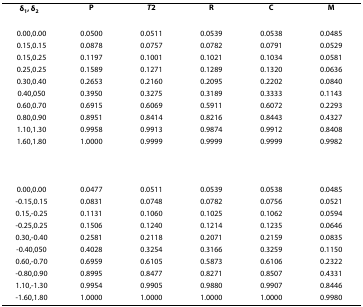
<table><thead><tr><td><b>δ<sub>1</sub>, δ<sub>2</sub></b></td><td><b>P</b></td><td><b><i>T</i><sup>2</sup></b></td><td><b>R</b></td><td><b>C</b></td><td><b>M</b></td></tr></thead><tbody><tr><td>0.00,0.00</td><td>0.0500</td><td>0.0511</td><td>0.0539</td><td>0.0538</td><td>0.0485</td></tr><tr><td>0.15,0.15</td><td>0.0878</td><td>0.0757</td><td>0.0782</td><td>0.0791</td><td>0.0529</td></tr><tr><td>0.15,0.25</td><td>0.1197</td><td>0.1001</td><td>0.1021</td><td>0.1034</td><td>0.0581</td></tr><tr><td>0.25,0.25</td><td>0.1589</td><td>0.1271</td><td>0.1289</td><td>0.1320</td><td>0.0636</td></tr><tr><td>0.30,0.40</td><td>0.2653</td><td>0.2160</td><td>0.2095</td><td>0.2202</td><td>0.0840</td></tr><tr><td>0.40,050</td><td>0.3950</td><td>0.3275</td><td>0.3189</td><td>0.3333</td><td>0.1143</td></tr><tr><td>0.60,0.70</td><td>0.6915</td><td>0.6069</td><td>0.5911</td><td>0.6072</td><td>0.2293</td></tr><tr><td>0.80,0.90</td><td>0.8951</td><td>0.8414</td><td>0.8216</td><td>0.8443</td><td>0.4327</td></tr><tr><td>1.10,1.30</td><td>0.9958</td><td>0.9913</td><td>0.9874</td><td>0.9912</td><td>0.8408</td></tr><tr><td>1.60,1.80</td><td>1.0000</td><td>0.9999</td><td>0.9999</td><td>0.9999</td><td>0.9982</td></tr><tr><td>0.00,0.00</td><td>0.0477</td><td>0.0511</td><td>0.0539</td><td>0.0538</td><td>0.0485</td></tr><tr><td>-0.15,0.15</td><td>0.0831</td><td>0.0748</td><td>0.0782</td><td>0.0756</td><td>0.0521</td></tr><tr><td>0.15,-0.25</td><td>0.1131</td><td>0.1060</td><td>0.1025</td><td>0.1062</td><td>0.0594</td></tr><tr><td>-0.25,0.25</td><td>0.1506</td><td>0.1240</td><td>0.1214</td><td>0.1235</td><td>0.0646</td></tr><tr><td>0.30,-0.40</td><td>0.2581</td><td>0.2118</td><td>0.2071</td><td>0.2159</td><td>0.0835</td></tr><tr><td>-0.40,050</td><td>0.4028</td><td>0.3254</td><td>0.3166</td><td>0.3259</td><td>0.1150</td></tr><tr><td>0.60,-0.70</td><td>0.6959</td><td>0.6105</td><td>0.5873</td><td>0.6106</td><td>0.2322</td></tr><tr><td>-0.80,0.90</td><td>0.8995</td><td>0.8477</td><td>0.8271</td><td>0.8507</td><td>0.4331</td></tr><tr><td>1.10,-1.30</td><td>0.9954</td><td>0.9905</td><td>0.9880</td><td>0.9907</td><td>0.8446</td></tr><tr><td>-1.60,1.80</td><td>1.0000</td><td>1.0000</td><td>1.0000</td><td>1.0000</td><td>0.9980</td></tr></tbody></table>